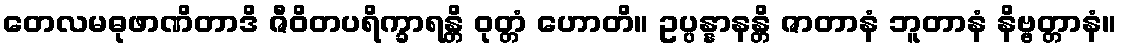
တေလမဓုဖာဏိတာဒိ ဇီဝိတပရိက္ခာရန္တိ ဝုတ္တံ ဟောတိ။ ဥပ္ပန္နာနန္တိ ဇာတာနံ ဘူတာနံ နိဗ္ဗတ္တာနံ။